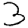
Digit: 3